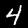
Digit: 4